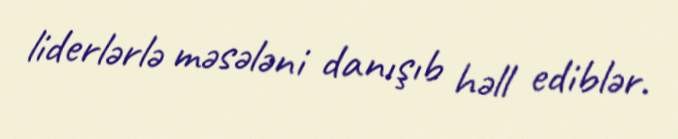
liderlərlə məsələni danışıb həll ediblər.